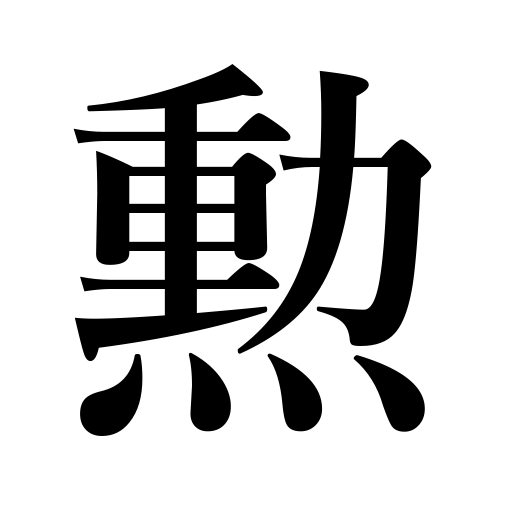
Meanings: merit,order of merit